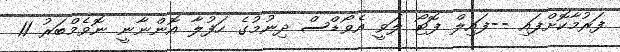
ފަރުމާކޮށްފައި --ފައިލް ފޮޓޯ ލަވީ އެވޯޑްސް ދިނުމުގެ ހަފުލާ އޮންނާނީ ނޮވެމްބަރު 11